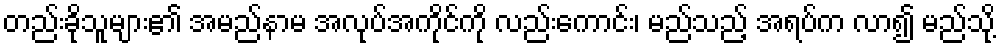
တည်းခိုသူများ၏ အမည်နာမ အလုပ်အကိုင်ကို လည်းကောင်း၊ မည်သည့် အရပ်က လာ၍ မည်သို့